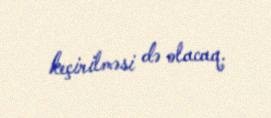
keçirilməsi də olacaq.